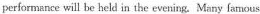
performance will be held in the evening. Many famous